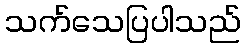
သက်သေပြပါသည်